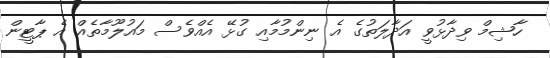
ހާޝިމް ވިދާޅުވީ އަދާލަތުގެ އެ ނިންމުމާއި ގުޅޭ އެއްވެސް މައުލޫމާތެއް އެ ޕާޓީން